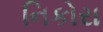
નિકોરા